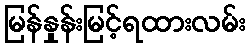
မြန်နှုန်းမြင့်ရထားလမ်း